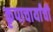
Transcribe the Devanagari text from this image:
कृपाचार्यांची